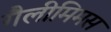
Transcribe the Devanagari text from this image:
गैलीमिमस